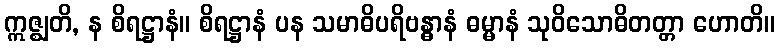
ဣဇ္ဈတိ, န စိရဋ္ဌာနံ။ စိရဋ္ဌာနံ ပန သမာဓိပရိဗန္ဓာနံ ဓမ္မာနံ သုဝိသောဓိတတ္တာ ဟောတိ။